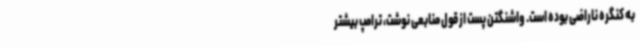
به کنگره ناراضی بوده است. واشنگتن پست از قول منابعی نوشت، ترامپ بیشتر